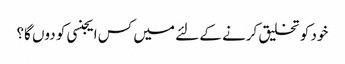
خود کو تخلیق کرنے کے لئے میں کس ایجنسی کو دوں گا؟